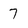
Character: 7